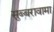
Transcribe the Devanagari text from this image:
सुब्बरावामा